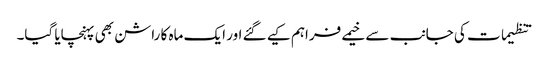
تنظیمات کی جانب سے خیمے فراہم کیے گئے اور ایک ماہ کا راشن بھی پہنچایا گیا۔